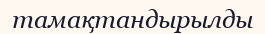
тамақтандырылды